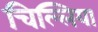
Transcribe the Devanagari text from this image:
चिल्लिया